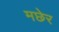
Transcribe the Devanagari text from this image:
मछेर